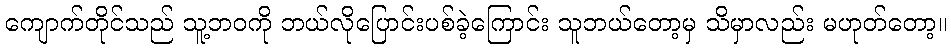
ကျောက်တိုင်သည် သူ့ဘဝကို ဘယ်လိုပြောင်းပစ်ခဲ့ကြောင်း သူဘယ်တော့မှ သိမှာလည်း မဟုတ်တော့။